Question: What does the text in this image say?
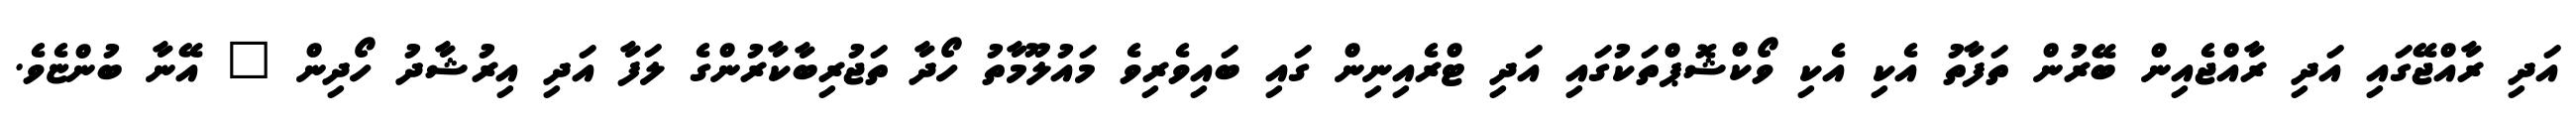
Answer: އަދި ރާއްޖޭގައި އަދި ރާއްޖެއިން ބޭރުން ތަފާތު އެކި އެކި ވޯކްޝޮޕްތަކުގައި އަދި ޓްރެއިނިން ގައި ބައިވެރިވެ މައުލޫމާތު ހޯދާ ތަޖުރިބާކާރުންގެ ލަފާ އަދި އިރުޝާދު ހޯދިން " އޭނާ ބުންޏެވެ.